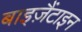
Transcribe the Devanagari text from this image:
बाइज़ैंटाइन